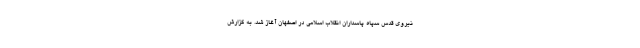
نیروی قدس سپاه پاسداران انقلاب اسلامی در اصفهان آغاز شد. به گزارش